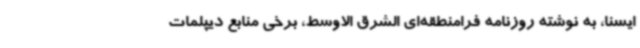
ایسنا، به نوشته روزنامه فرامنطقه‌ای الشرق الاوسط، برخی منابع دیپلمات